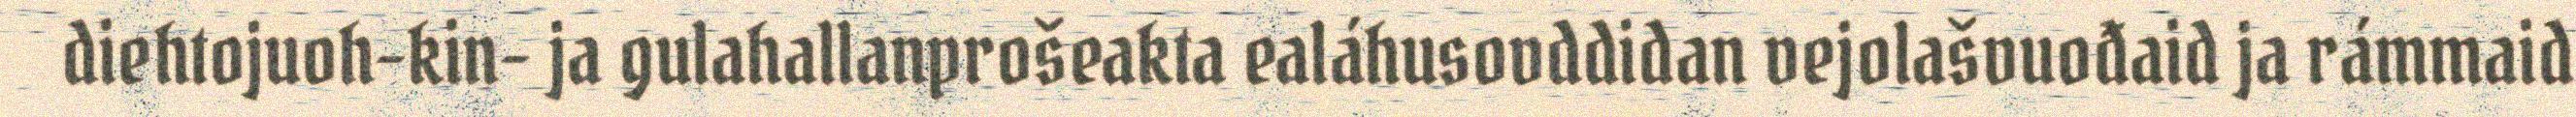
diehtojuoh-kin- ja gulahallanprošeakta ealáhusovddidan vejolašvuođaid ja rámmaid